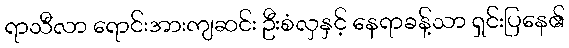
ရာသီလာ ရောင်းအားကျဆင်း ဦးစံလှနှင့် နေရာခန့်သာ ရှင်းပြနေ၏